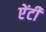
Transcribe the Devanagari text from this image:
एेंटी